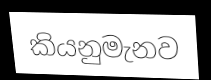
කියනුමැනව